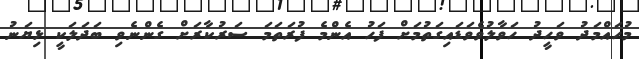
މުހައްމަދު ވަހީދު ހަވާލުވެވަޑައިގަތުމަށް ފަހު އެންމެ ފުރަތަމަ ސަރުކާރަށް ގެންނެވި ބަދަލަކީ ޅިޔަނު